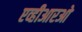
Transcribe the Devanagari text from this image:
एव्हीआरओ